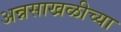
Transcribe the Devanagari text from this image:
अन्नसाखळीच्या